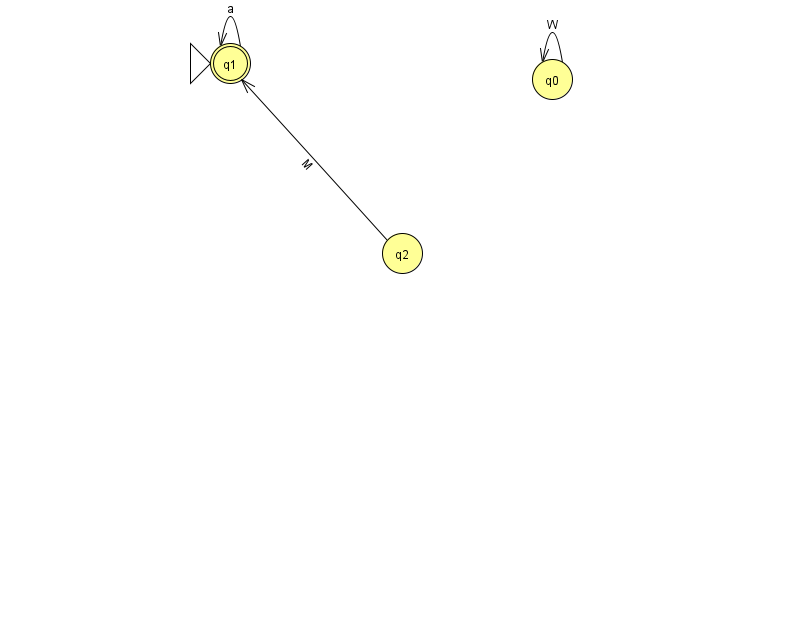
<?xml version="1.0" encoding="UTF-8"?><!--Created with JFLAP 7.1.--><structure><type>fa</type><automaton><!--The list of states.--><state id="0" name="q0"><x>552.0</x><y>66.0</y></state><state id="1" name="q1"><x>230.0</x><y>50.0</y><initial/><final/></state><state id="2" name="q2"><x>402.0</x><y>240.0</y></state><!--The list of transitions.--><transition><from>1</from><to>1</to><read>a</read></transition><transition><from>0</from><to>0</to><read>W</read></transition><transition><from>2</from><to>1</to><read>M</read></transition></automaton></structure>